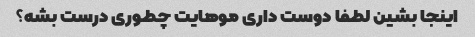
اینجا بشین لطفا دوست داری موهایت چطوری درست بشه؟